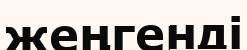
жеңгенді